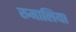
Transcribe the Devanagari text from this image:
रुमालिया